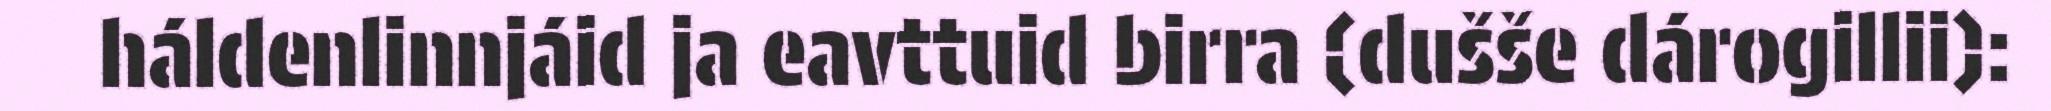
háldenlinnjáid ja eavttuid birra (dušše dárogillii):